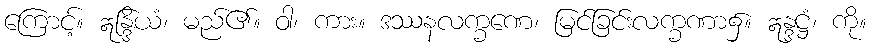
ကြောင့်။ ဣန္ဒြိယံ၊ မည်၏။ ဝါ၊ ကား။ ဒဿနလက္ခဏေ၊ မြင်ခြင်းလက္ခဏာ၌။ ဣန္ဒဋ္ဌံ၊ ကို။